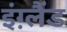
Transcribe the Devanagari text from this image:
इंग़्लैंड